Elephants and their diseases
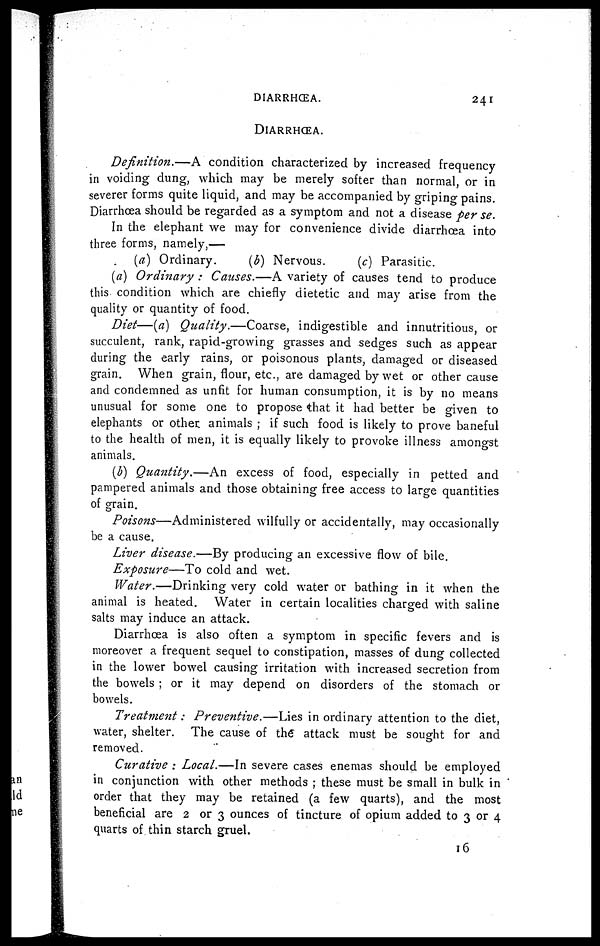
DIARRHŒA.
241
DlARRHŒA.
Definition.—A
condition characterized by increased frequency
in voiding dung, which may be merely softer than normal, or in
severer forms quite liquid, and may be accompanied by griping pains.
Diarrhoea should be regarded as a symptom and not a disease per se.
In the elephant we may for convenience divide diarrhoea into
three forms, namely,—
(a) Ordinary.
(b) Nervous.
(c) Parasitic.
(a) Ordinary : Causes.—A variety of causes tend to produce
this condition which are chiefly dietetic and may arise from the
quality or quantity of food.
Diet—(a) Quality.—Coarse,
indigestible and innutritious, or
succulent, rank, rapid-growing grasses and sedges such as appear
during the early rains, or poisonous plants, damaged or diseased
grain. When grain, flour, etc., are damaged by wet or other cause
and condemned as unfit for human consumption, it is by no means
unusual for some one to propose that it had better be given to
elephants or other animals ; if such food is likely to prove baneful
to the health of men, it is equally likely to provoke illness amongst
animals.
(b) Quantity.—An
excess of food, especially in petted and
pampered animals and those obtaining free access to large quantities
of grain.
Poisons—Administered
wilfully or accidentally, may occasionally
be a cause.
Liver disease.—By producing an excessive flow of bile.
Exposure—To cold and wet.
Water.—Drinking
very cold water or bathing in it when the
animal is heated. Water in certain localities charged with saline
salts may induce an attack.
Diarrhoea is also often a symptom in specific fevers and is
moreover a frequent sequel to constipation, masses of dung collected
in the lower bowel causing irritation with increased secretion from
the bowels ; or it may depend on disorders of the stomach or
bowels.
Treatment:
Preventive.—Lies
in ordinary attention to the diet,
water, shelter. The cause of the" attack must be sought for and
removed.
Curative : Local.—In severe cases enemas should be employed
in conjunction with other methods ; these must be small in bulk in
order that they may be retained (a few quarts), and the most
beneficial are 2 or 3 ounces of tincture of opium added to 3 or 4
quarts of thin starch gruel.
16